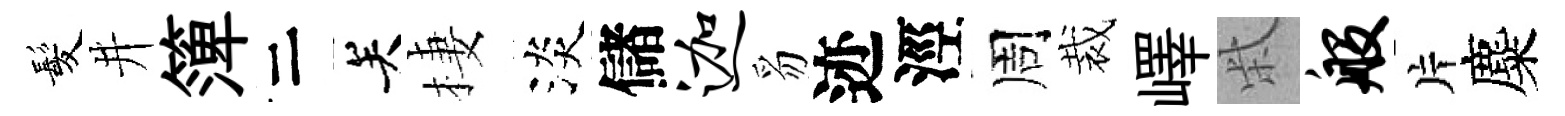
髪井𥱼二关棲淡儲迦豸迹涇周裁嶧柴般片麋